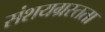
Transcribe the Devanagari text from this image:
संशयग्रस्तता